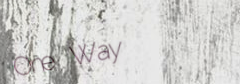
One Way